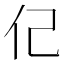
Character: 𮯶